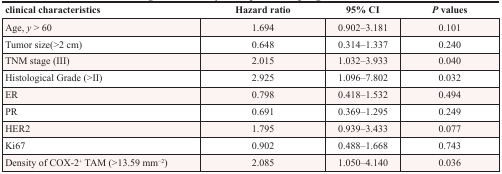
<table><thead><tr><td><b>clinical characteristics</b></td><td><b>Hazard ratio</b></td><td><b>95% CI</b></td><td><b><i>P</i> values</b></td></tr></thead><tbody><tr><td>Age, <i>y</i> &gt; 60</td><td>1.694</td><td>0.902–3.181</td><td>0.101</td></tr><tr><td>Tumor size(&gt;2 cm)</td><td>0.648</td><td>0.314–1.337</td><td>0.240</td></tr><tr><td>TNM stage (III)</td><td>2.015</td><td>1.032–3.933</td><td>0.040</td></tr><tr><td>Histological Grade (&gt;II)</td><td>2.925</td><td>1.096–7.802</td><td>0.032</td></tr><tr><td>ER</td><td>0.798</td><td>0.418–1.532</td><td>0.494</td></tr><tr><td>PR</td><td>0.691</td><td>0.369–1.295</td><td>0.249</td></tr><tr><td>HER2</td><td>1.795</td><td>0.939–3.433</td><td>0.077</td></tr><tr><td>Ki67</td><td>0.902</td><td>0.488–1.668</td><td>0.743</td></tr><tr><td>Density of COX-2<sup>+</sup> TAM (&gt;13.59 mm<sup>−2</sup>)</td><td>2.085</td><td>1.050–4.140</td><td>0.036</td></tr></tbody></table>